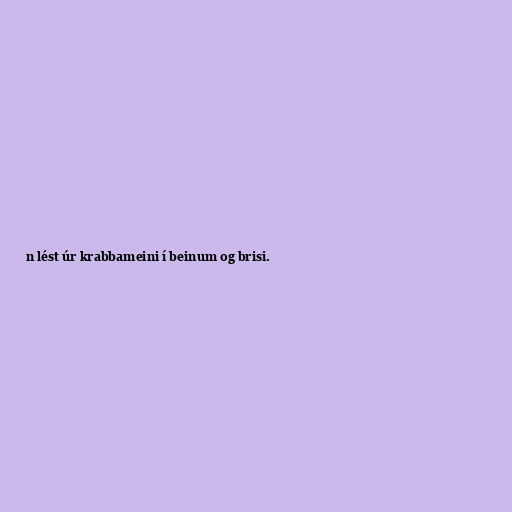
n lést úr krabbameini í beinum og brisi.